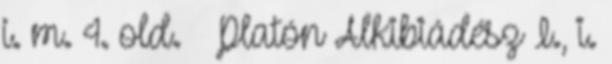
i. m. 4. old. ↑ Platón Alkibiádész I., i.